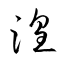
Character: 湟